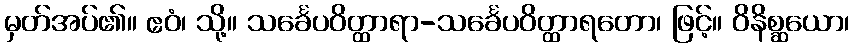
မှတ်အပ်၏။ ဧဝံ၊ သို့။ သင်္ခေပဝိတ္ထာရာ-သင်္ခေပဝိတ္ထာရတော၊ ဖြင့်။ ဝိနိစ္ဆယော၊